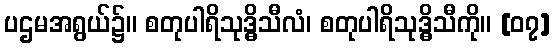
ပဌမအရွယ်၌။ စတုပါရိသုဒ္ဓိသီလံ၊ စတုပါရိသုဒ္ဓိသီကို။ [၀၇]